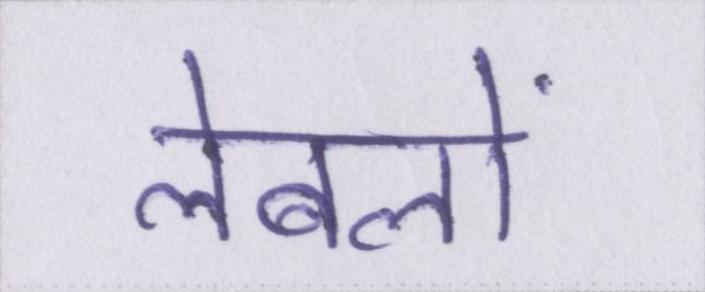
लेबलों